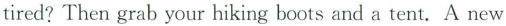
tired?Then grab your hiking boots and a tent. A new